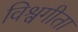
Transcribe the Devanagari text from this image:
विश्वगीता